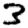
Digit: 3